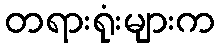
တရားရုံးများက